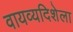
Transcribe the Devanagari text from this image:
वायव्यदिशेला